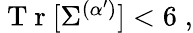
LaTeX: \begin{array}{r}{\mathrm{~T~r~}[\Sigma^{(\alpha^{\prime})}]<6\; ,}\end{array}